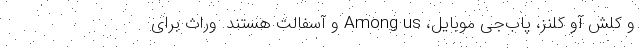
و کلش آو کلنز، پاب‌جی موبایل، Among us و آسفالت هستند. وراث برای